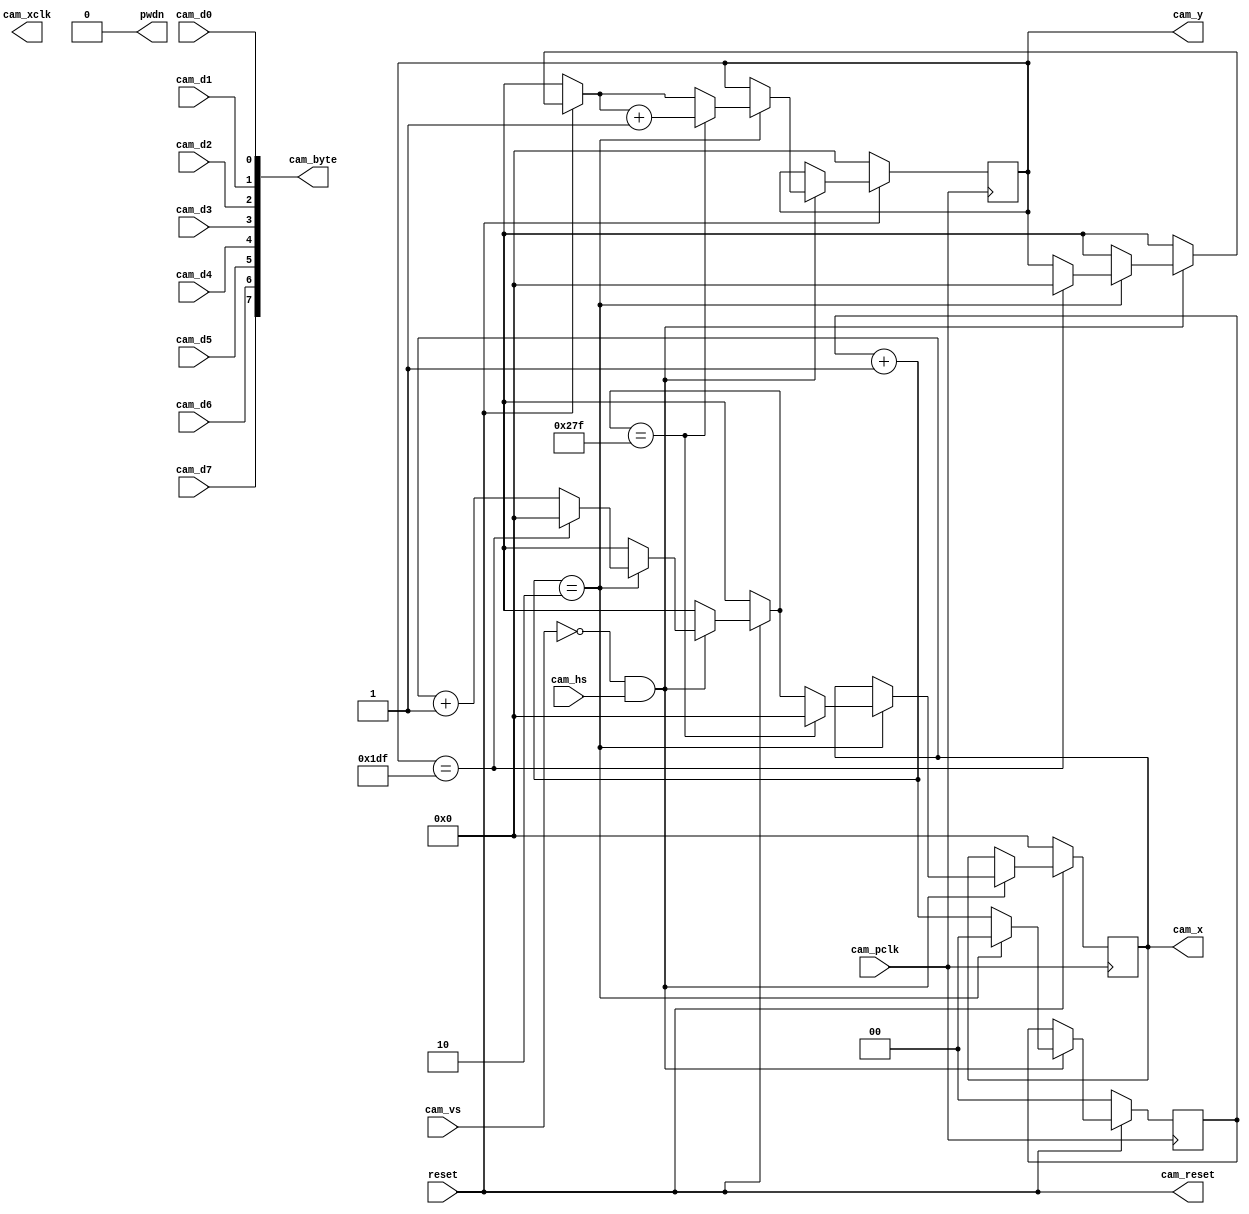
module camera(
  input reset,
  input cam_vs,
  input cam_hs,
  input cam_pclk,
  output cam_xclk,
  input cam_d0,
  input cam_d1,
  input cam_d2,
  input cam_d3,
  input cam_d4,
  input cam_d5,
  input cam_d6,
  input cam_d7,
  output [7:0] cam_byte,
  output reg [10:0] cam_x, 
  output reg [10:0] cam_y,
  output cam_reset,
  output pwdn
);
  reg [1:0] counter;
  assign cam_byte = {cam_d7, cam_d6, cam_d5, cam_d4, cam_d3, cam_d2, cam_d1, cam_d0};
  assign cam_reset = reset;
  assign pwdn = 0;

  always @(posedge cam_pclk) begin
    if (~reset) begin 
      counter = 0;
      cam_x = 0;
      cam_y = 0;
    end

    else begin 
      if (cam_vs == 0 && cam_hs == 1)
      begin
        counter = counter + 1;
      
        if (counter == 2) begin
          counter = 0;
          
          cam_x = cam_x + 1;

          if (cam_y == 479)
          begin
            cam_y = 0;
            cam_x = 0;
          end
          if (cam_x == 639)
          begin
            cam_y = cam_y + 1;
            cam_x = 0;
          end
        end
      end
    end
  end

endmodule